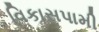
વિકાસપામી